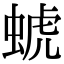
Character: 䗂